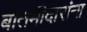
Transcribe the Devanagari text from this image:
बातमीदारांना